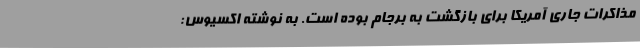
مذاکرات جاری آمریکا برای بازگشت به برجام بوده است. به نوشته اکسیوس: